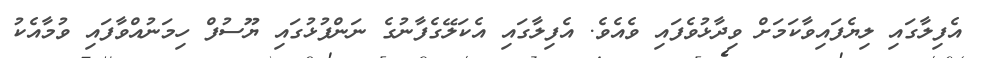
އެފިލާގައި ލިޔެފައިވާކަމަށް ވިދާޅުވެފައި ވެއެވެ. އެފިލާގައި އެކަލޭގެފާނުގެ ނަންފުޅުގައި ޔޫސުފް ހިމަނުއްވާފައި ވުމާއެކު